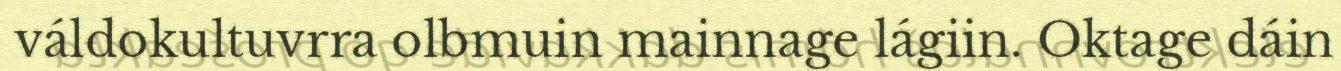
váldokultuvrra olbmuin mainnage lágiin. Oktage dáin